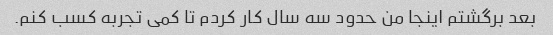
بعد برگشتم اینجا من حدود سه سال کار کردم تا کمی تجربه کسب کنم.